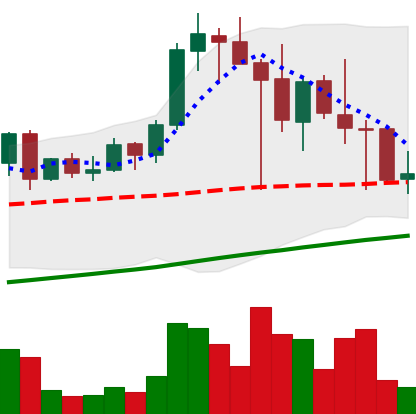
Ticker: LINK-USD
Chart end date: 2021-04-25
Forward return: 20.887%
Label: up_7plus